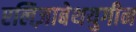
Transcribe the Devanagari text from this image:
एलिज़ाबेथयुगीन